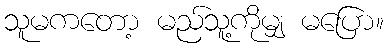
သူမကတော့ မည်သူ့ကိုမျှ မပြော။